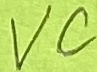
Text: VC